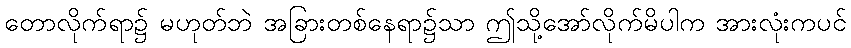
တောလိုက်ရာ၌ မဟုတ်ဘဲ အခြားတစ်နေရာ၌သာ ဤသို့အော်လိုက်မိပါက အားလုံးကပင်